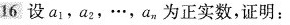
16设a1，a2，…，a，为正实数，证明：